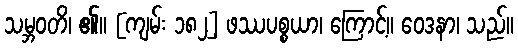
သမ္ဘဝတိ၊ ၏။ [ကျမ်း ၁၈၂] ဖဿပစ္စယာ၊ ကြောင့်။ ဝေဒနာ၊ သည်။